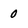
Character: 0